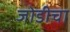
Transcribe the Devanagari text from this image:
जोडीचा